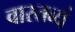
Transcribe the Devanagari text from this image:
वास्तव्यं